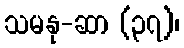
သမနု-ဆာ (၃၇)၊